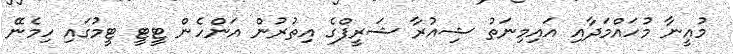
މުއީނާ މުހައްމަދާއި އައިމިނަތު ޝިއުރާ ޝަރީފްގެ އިތުރުން އަންހެން ޓީޓީ ޓީމުގައި ހިމެނޭ